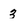
Character: 3